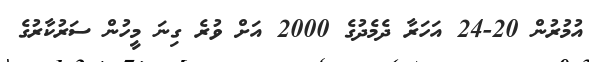
އުމުރުން 20-24 އަހަރާ ދެމެދުގެ 2000 އަށް ވުރެ ގިނަ މީހުން ސަރުކާރުގެ